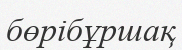
бөрібұршақ